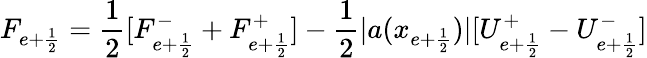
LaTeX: F_{e+\frac{1}{2}}=\frac{1}{2}[F_{e+\frac{1}{2}}^{-}+F_{e+\frac{1}{2}}^{+}]-\frac{1}{2}|a(x_{e+\frac{1}{2}})|[U_{e+\frac{1}{2}}^{+}-U_{e+\frac{1}{2}}^{-}]